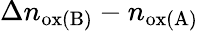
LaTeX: \Delta n_{\mathrm{ox(B)}}-n_{\mathrm{ox(A)}}